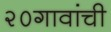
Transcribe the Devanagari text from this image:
२०गावांची